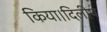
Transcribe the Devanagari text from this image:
किया।दिलीप